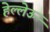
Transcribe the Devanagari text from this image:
हेल्लेऊ